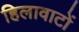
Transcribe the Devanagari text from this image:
हिलावाटों